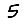
Digit: 5